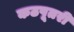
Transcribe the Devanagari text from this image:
कठपूतरी